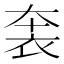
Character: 𧙐